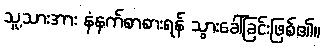
သူ့သားအား နံနက်စာစားရန် သွားခေါ်ခြင်းဖြစ်၏။